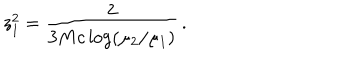
z _ { 1 } ^ { 2 } = \frac { 2 } { 3 M c \log ( \mu _ { 2 } / \mu _ { 1 } ) } \, .